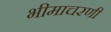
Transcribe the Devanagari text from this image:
भीमाचरणी